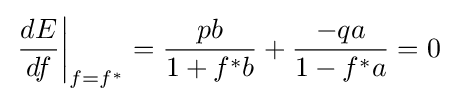
\left.{\frac {dE}{df}}\right|_{f=f^{*}}={\frac {pb}{1+f^{*}b}}+{\frac {-qa}{1-f^{*}a}}=0